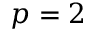
p = 2